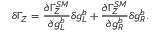
\delta \Gamma _ { Z } = { \frac { \partial \Gamma _ { Z } ^ { S M } } { \partial g _ { L } ^ { b } } } \delta g _ { L } ^ { b } + { \frac { \partial \Gamma _ { Z } ^ { S M } } { \partial g _ { R } ^ { b } } } \delta g _ { R } ^ { b } .